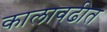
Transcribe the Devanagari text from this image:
कालावढीत